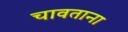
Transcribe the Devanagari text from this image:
चावताना